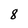
Character: 8